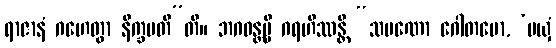
ရာဇာနံ ဂဟေတွာ နိက္ခမတီ”တိ။ ဘဂဝန္တမ္ပိ ဂရဟိဿန္တိ “သမဏော ဂေါတမော, ‘မယှံ